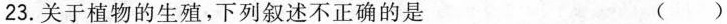
23.关于植物的生殖，下列叙述不正确的是 ( )